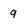
Character: q